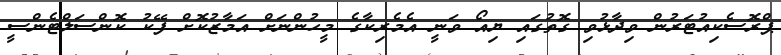
ޕްރޮސެކިއުޓަރުން ވިދާޅުވި ގޮތުގައި ޔިއޯ ވަނީ އެމެރިކާގެ މީހުންނަށް އަމާޒުކޮށް ފޭކު ކޮންސަލްޓެންސީ